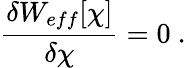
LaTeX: \frac{\delta W_{eff}[\chi]}{\delta\chi}=0~.